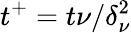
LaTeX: t^{+}=t\nu/\delta_{\nu}^{2}